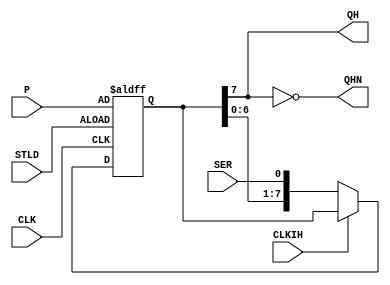
module ttl74165_v (
  input CLK,
  input CLKIH,
  input SER,
  input STLD, // async
  input [7:0] P,
  output QH,
  output QHN
  );
  reg [7:0] Q;
  assign QH = Q[7];
  assign QHN = ~Q[7];
  always @ ( posedge CLK, negedge STLD) begin
    if(!STLD) Q <= P;
    else begin
      if(!CLKIH) Q <= {Q[6:0], SER};
      else Q <= Q;
    end
  end


endmodule //ttl74165_v